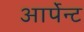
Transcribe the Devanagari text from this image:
आर्पेन्ट